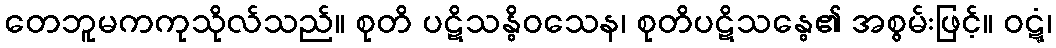
တေဘူမကကုသိုလ်သည်။ စုတိ ပဋိသန္ဓိဝသေန၊ စုတိပဋိသန္ဓေ၏ အစွမ်းဖြင့်။ ဝဋ္ဋံ၊